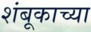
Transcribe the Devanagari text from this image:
शंबूकाच्या